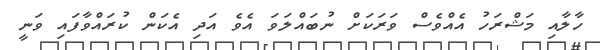
ހާލާއި މަޝްރަހު އެއްވެސް ވަރަކަށް ނުބައްލަވަ އެވެ އަދި އެކަން ކުރައްވާފައި ވަނީ